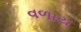
વળાય